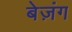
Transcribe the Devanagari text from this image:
बेज़ंग